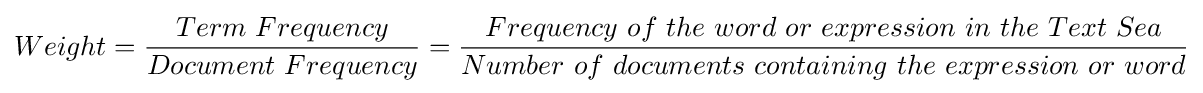
Weight={\frac {Term\ Frequency}{Document\ Frequency}}={\frac {Frequency\ of\ the\ word\ or\ expression\ in\ the\ Text\ Sea}{Number\ of\ documents\ containing\ the\ expression\ or\ word}}